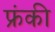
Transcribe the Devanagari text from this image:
फ्रंकी